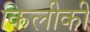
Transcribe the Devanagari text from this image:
किलीकी